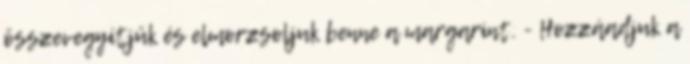
összevegyítjük és elmorzsoljuk benne a margarint. - Hozzáadjuk a